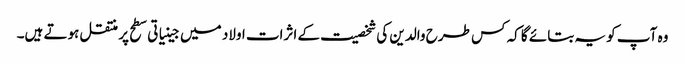
وہ آپ کو یہ بتائے گا کہ کس طرح والدین کی شخصیت کے اثرات اولاد میں جینیاتی سطح پر منتقل ہوتے ہیں۔